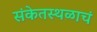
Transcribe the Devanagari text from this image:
संकेतस्थळाचं